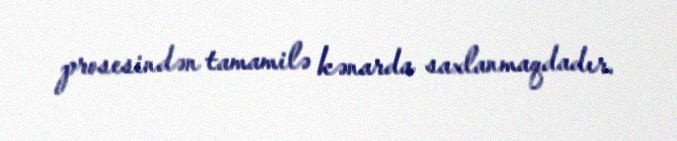
prosesindən tamamilə kənarda saxlanmaqdadır.